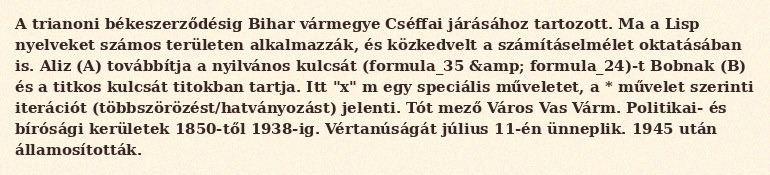
A trianoni békeszerződésig Bihar vármegye Cséffai járásához tartozott. Ma a Lisp nyelveket számos területen alkalmazzák, és közkedvelt a számításelmélet oktatásában is. Aliz (A) továbbítja a nyilvános kulcsát (formula_35 &amp; formula_24)-t Bobnak (B) és a titkos kulcsát titokban tartja. Itt "x" m egy speciális műveletet, a * művelet szerinti iterációt (többszörözést/hatványozást) jelenti. Tót mező Város Vas Várm. Politikai- és bírósági kerületek 1850-től 1938-ig. Vértanúságát július 11-én ünneplik. 1945 után államosították.